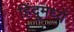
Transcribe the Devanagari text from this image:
हिंदूमध्यें